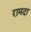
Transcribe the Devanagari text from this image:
रामदा